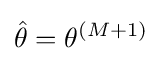
{\hat {\theta }}=\theta ^{(M+1)}